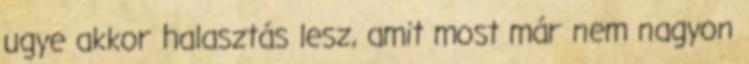
ugye akkor halasztás lesz, amit most már nem nagyon